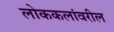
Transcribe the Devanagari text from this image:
लोककलांवरील